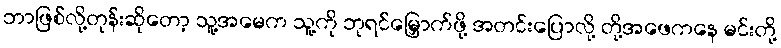
ဘာဖြစ်လို့တုန်းဆိုတော့ သူ့အမေက သူ့ကို ဘုရင်မြှောက်ဖို့ အတင်းပြောလို့ တို့အဖေကနေ မင်းတို့